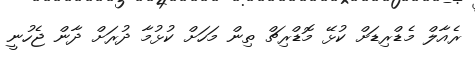
ރެއާލް މެޑްރިޑަށް ކުޅޭ މޮޑްރިޗް ތިން މަހަށް ކުޅުމާ ދުރަށް ދާން ޖެހުނީ